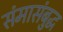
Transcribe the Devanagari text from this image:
संमासंबुद्ध